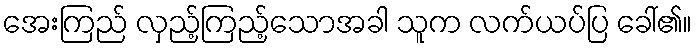
အေးကြည် လှည့်ကြည့်သောအခါ သူက လက်ယပ်ပြ ခေါ်၏။